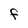
Character: F